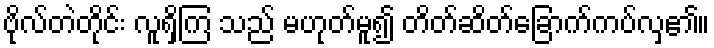
ဗိုလ်တဲတိုင်း လူရှိကြ သည် မဟုတ်မူ၍ တိတ်ဆိတ်ခြောက်ကပ်လှ၏။